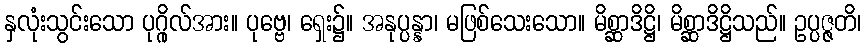
နှလုံးသွင်းသော ပုဂ္ဂိုလ်အား။ ပုဗ္ဗေ၊ ရှေး၌။ အနုပ္ပန္နာ၊ မဖြစ်သေးသော။ မိစ္ဆာဒိဋ္ဌိ၊ မိစ္ဆာဒိဋ္ဌိသည်။ ဥပ္ပဇ္ဇတိ၊